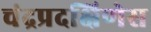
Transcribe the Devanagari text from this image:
चंद्रप्रदक्षिणेस